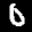
Label: 0